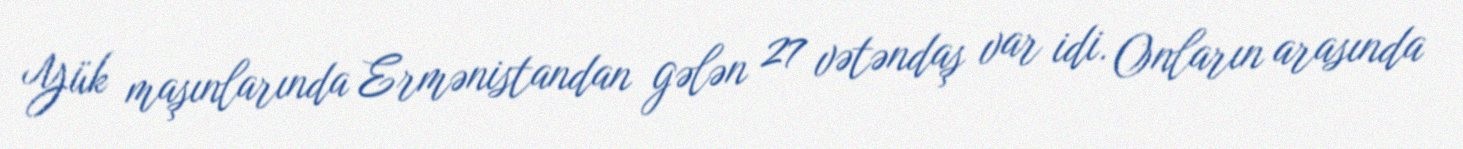
Yük maşınlarında Ermənistandan gələn 27 vətəndaş var idi. Onların arasında